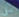
سلي